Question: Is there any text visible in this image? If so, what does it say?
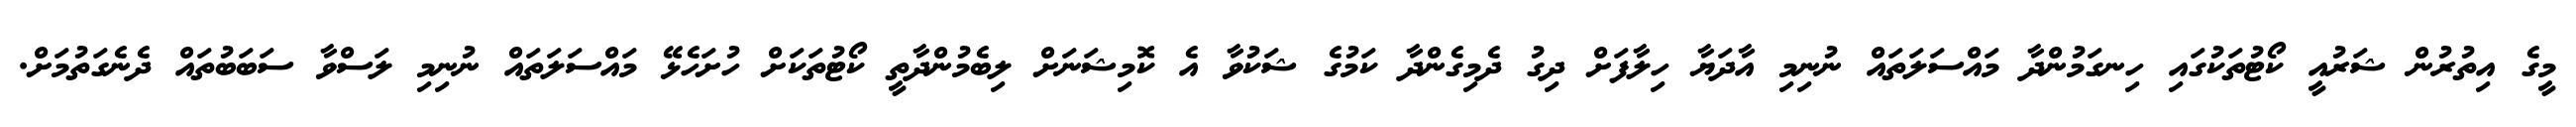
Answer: މީގެ އިތުރުން ޝަރުއީ ކޯޓުތަކުގައި ހިނގަމުންދާ މައްސަލަތައް ނުނިމި އާދަޔާ ހިލާފަށް ދިގު ދެމިގެންދާ ކަމުގެ ޝަކުވާ އެ ކޮމިޝަނަށް ލިބެމުންދާތީ ކޯޓުތަކަށް ހުށަހެޅޭ މައްސަލަތައް ނުނިމި ލަސްވާ ސަބަބުތައް ދެނެގަތުމަށް.